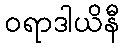
ဝရာဒါယိနီ